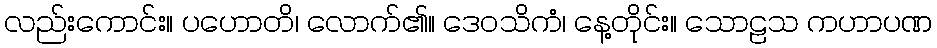
လည်းကောင်း။ ပဟောတိ၊ လောက်၏။ ဒေဝသိကံ၊ နေ့တိုင်း။ သောဠသ ကဟာပဏ